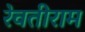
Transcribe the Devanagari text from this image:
रेवतीराम